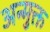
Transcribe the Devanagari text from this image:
अन्मुक्त